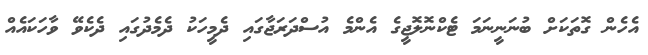
އެހެން ގޮތަކަށް ބުނަނީނަމަ ޓެކްނޮލޮޖީގެ އެންމެ އުސްދަރަޖާގައި ދެމީހަކު ދެމެދުގައި ދެކެވޭ ވާހަކައެއް